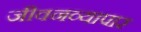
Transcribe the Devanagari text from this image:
जीवनव्यापार